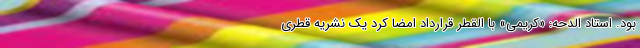
بود. استاد الدحه: «کریمی» با القطر قرارداد امضا کرد یک نشریه قطری